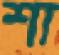
শা